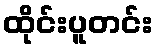
ထိုင်းပူတင်း